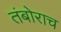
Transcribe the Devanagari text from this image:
तंबोराच